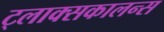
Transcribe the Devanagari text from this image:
ट्लाक्सकालन्स